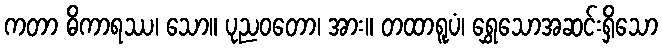
ကတာ ဓိကာရဿ၊ သော။ ပုညဝတော၊ အား။ တထာရူပံ၊ ရွှေသောအဆင်းရှိသော